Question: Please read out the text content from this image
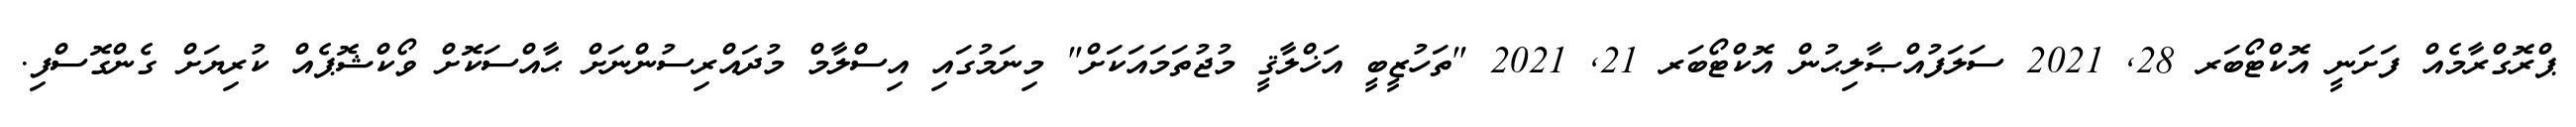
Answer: ޕްރޮގްރާމެއް ފަށަނީ އޮކްޓޯބަރ 28, 2021 ސަލަފުއްޞާލިޙުން އޮކްޓޯބަރ 21, 2021 "ތަހުޒީބީ އަޚްލާޤީ މުޖުތަމައަކަށް" މިނަމުގައި އިސްލާމް މުދައްރިސުންނަށް ޙާއްސަކޮށް ވޯކްޝޮޕެއް ކުރިޔަށް ގެންގޮސްފި.